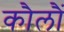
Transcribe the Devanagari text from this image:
कौलौं